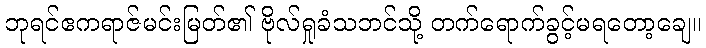
ဘုရင်ဧကရာဇ်မင်းမြတ်၏ ဗိုလ်ရှုခံသဘင်သို့ တက်ရောက်ခွင့်မရတော့ချေ။